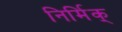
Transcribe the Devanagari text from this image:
निर्मिक्